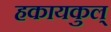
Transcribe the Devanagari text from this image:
हकायकुल्